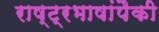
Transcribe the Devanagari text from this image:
राष्ट्रभाषांपैकी